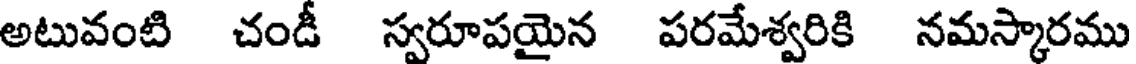
అటువంటి చండీ స్వరూపయైన పరమేశ్వరికి నమస్కారము